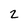
Character: 2